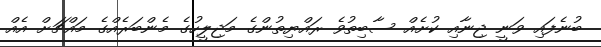
ބުނެފައި ވަނީ ޖިނާއި ކުށެއް ސާބިތުވެ ރައްޔިތުންގެ މަޖިލީހުގެ މެންބަރެއްގެ މައްޗަށް އެއް